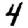
Digit: 4